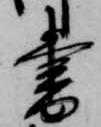
書